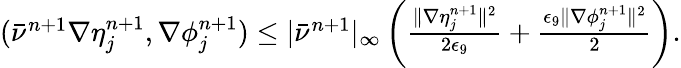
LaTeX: \begin{array}{r}{(\bar{\nu}^{n+1}\nabla{\mathbf\eta}_{j}^{n+1},\nabla{\mathbf\phi}_{j}^{n+1})\le|\bar{\nu}^{n+1}|_{\infty}\left(\frac{\| \nabla{\mathbf\eta}_{j}^{n+1}\| ^{2}}{2\epsilon_{9}}+\frac{\epsilon_{9}\| \nabla{\mathbf\phi}_{j}^{n+1}\| ^{2}}{2}\right).}\end{array}